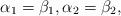
LaTeX: \begin{align*} \alpha_1 = \beta_1, \alpha_2 = \beta_2,\end{align*}